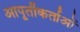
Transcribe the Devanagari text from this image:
आपूर्तीकर्ताओं